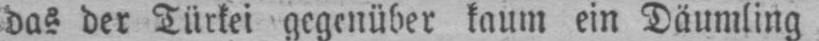
das der Türkei gegenüber kaum ein Däumling